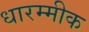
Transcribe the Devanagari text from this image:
धारम्मीक